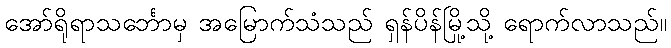
အော်ရိုရာသင်္ဘောမှ အမြောက်သံသည် ရှန်ပိန်မြို့သို့ ရောက်လာသည်။